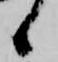
候